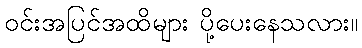
ဝင်းအပြင်အထိများ ပို့ပေးနေသလား။